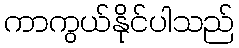
ကာကွယ်နိုင်ပါသည်